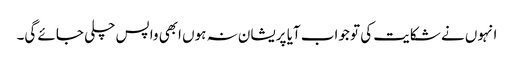
انہوں نے شکایت کی تو جواب آیا پریشان نہ ہوں ابھی واپس چلی جائے گی۔